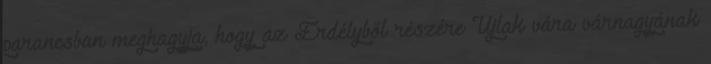
parancsban meghagyja, hogy az Erdélyből részére Újlak vára várnagyának